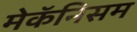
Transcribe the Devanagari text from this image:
मेकॅनिसम